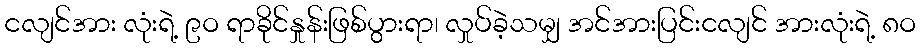
ငလျင်အား လုံးရဲ့ ၉ဝ ရာခိုင်နှုန်းဖြစ်ပွားရာ၊ လှုပ်ခဲ့သမျှ အင်အားပြင်းငလျင် အားလုံးရဲ့ ၈ဝ